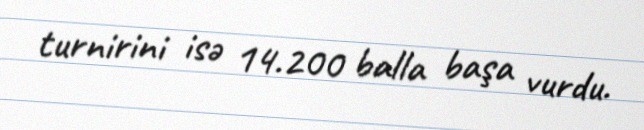
turnirini isə 14.200 balla başa vurdu.